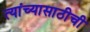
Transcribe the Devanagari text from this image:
त्यांच्यासाठीची